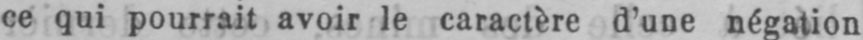
ce qui pourrait avoir le caractère d’une négation